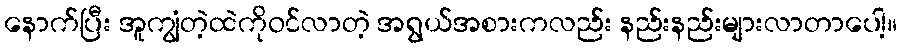
နောက်ပြီး အူကျွံတဲ့ထဲကိုဝင်လာတဲ့ အရွယ်အစားကလည်း နည်းနည်းများလာတာပေါ့။